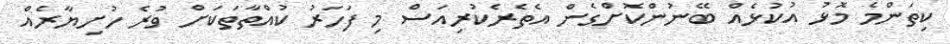
ކިތަންމެ މޮޅު އުކުޅެއް ބޭނުންކޮށްގެން އެތެރެކުރިއަސް މި ފަހަރު ކުއްތާތަކަށް ވުރެ ހުށިޔާރެއް